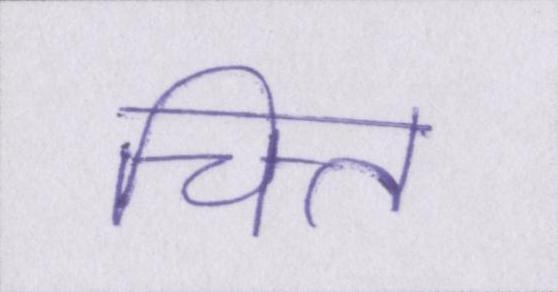
चित्त